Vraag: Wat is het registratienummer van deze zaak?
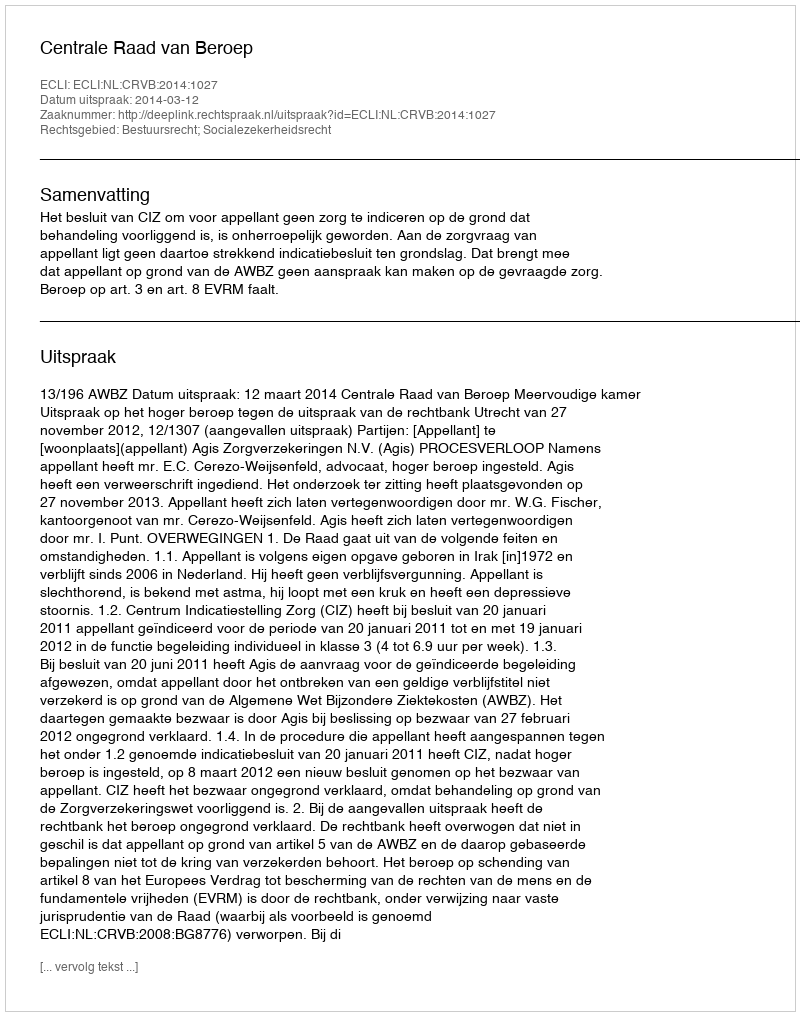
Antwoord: http://deeplink.rechtspraak.nl/uitspraak?id=ECLI:NL:CRVB:2014:1027